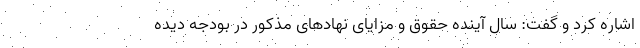
اشاره کرد و گفت: سال آینده حقوق و مزایای نهاد‌های مذکور در بودجه دیده